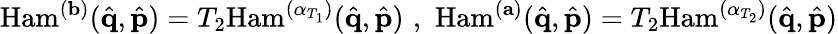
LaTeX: \mathrm{Ham}^{(\mathbf{b})}(\hat{\mathbf{q}},\hat{\mathbf{p}})=T_{2}\mathrm{Ham}^{(\mathbf{\alpha}_{T_{1}})}(\hat{\mathbf{q}},\hat{\mathbf{p}})\, \, ,\, \, \mathrm{Ham}^{(\mathbf{a})}(\hat{\mathbf{q}},\hat{\mathbf{p}})=T_{2}\mathrm{Ham}^{(\mathbf{\alpha}_{T_{2}})}(\hat{\mathbf{q}},\hat{\mathbf{p}})